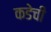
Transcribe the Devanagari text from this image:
कडेची